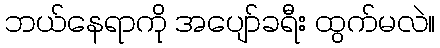
ဘယ်နေရာကို အပျော်ခရီး ထွက်မလဲ။